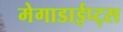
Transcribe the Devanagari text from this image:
मेगाडाईप्ट्स